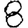
Digit: 8